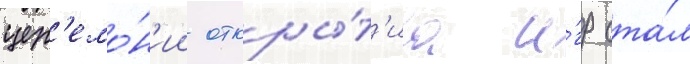
цер'емо́н'ии откры́т'иа и́гр ста́л